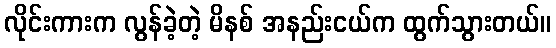
လိုင်းကားက လွန်ခဲ့တဲ့ မိနစ် အနည်းငယ်က ထွက်သွားတယ်။